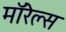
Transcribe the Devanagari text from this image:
मॉरेल्स